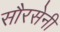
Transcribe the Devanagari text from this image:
सौरसेनी